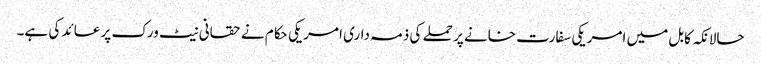
حالانکہ کابل میں امریکی سفارت خانے پر حملے کی ذمہ داری امریکی حکام نے حقانی نیٹ ورک پر عائد کی ہے۔